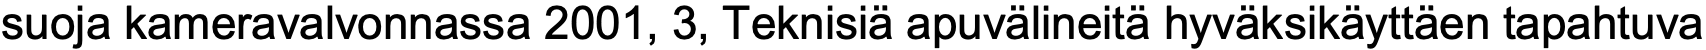
suoja kameravalvonnassa 2001, 3, Teknisiä apuvälineitä hyväksikäyttäen tapahtuva